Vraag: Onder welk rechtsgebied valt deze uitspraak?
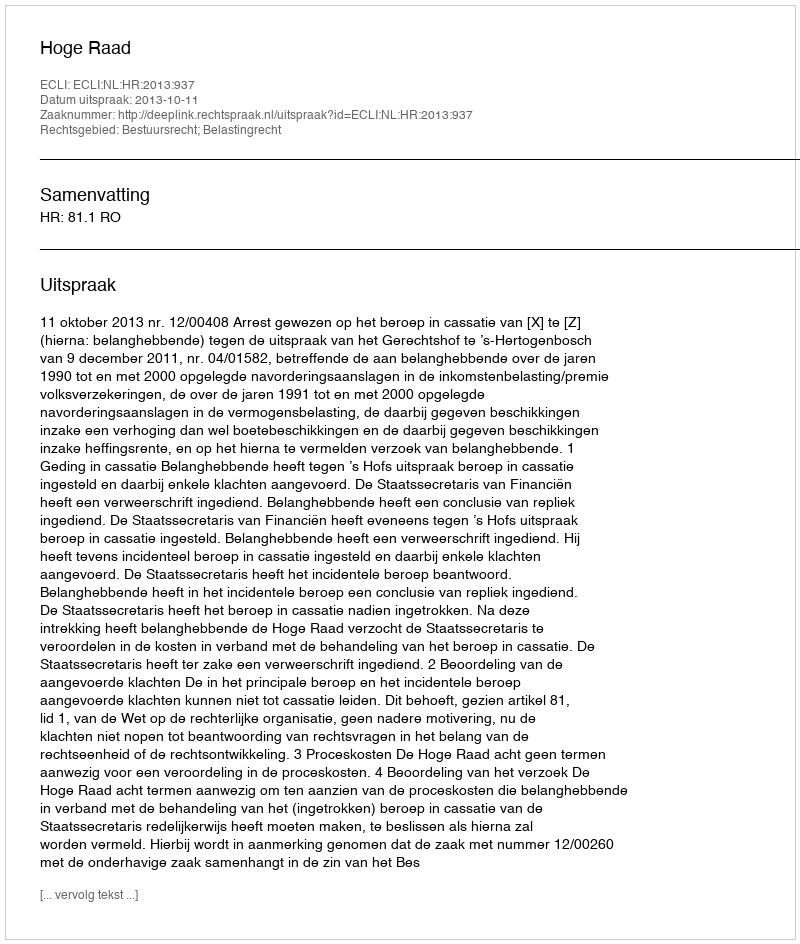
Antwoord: Bestuursrecht; Belastingrecht